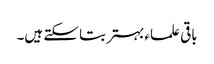
باقی علماء بہتر بتا سکتے ہیں۔